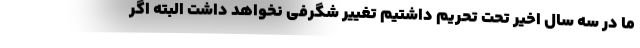
ما در سه سال اخیر تحت تحریم داشتیم تغییر شگرفی نخواهد داشت البته اگر